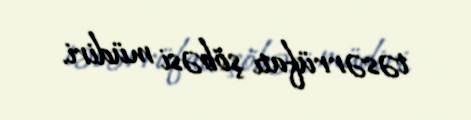
təsərrüfatı şöbəsi müdiri.